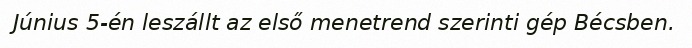
Június 5-én leszállt az első menetrend szerinti gép Bécsben.